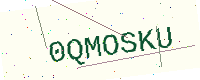
Text: 0QMOSKU